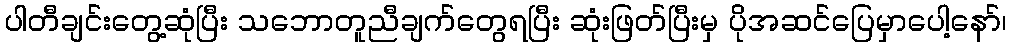
ပါတီချင်းတွေ့ဆုံပြီး သဘောတူညီချက်တွေရပြီး ဆုံးဖြတ်ပြီးမှ ပိုအဆင်ပြေမှာပေါ့နော်၊